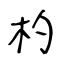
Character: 杓